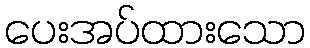
ပေးအပ်ထားသော